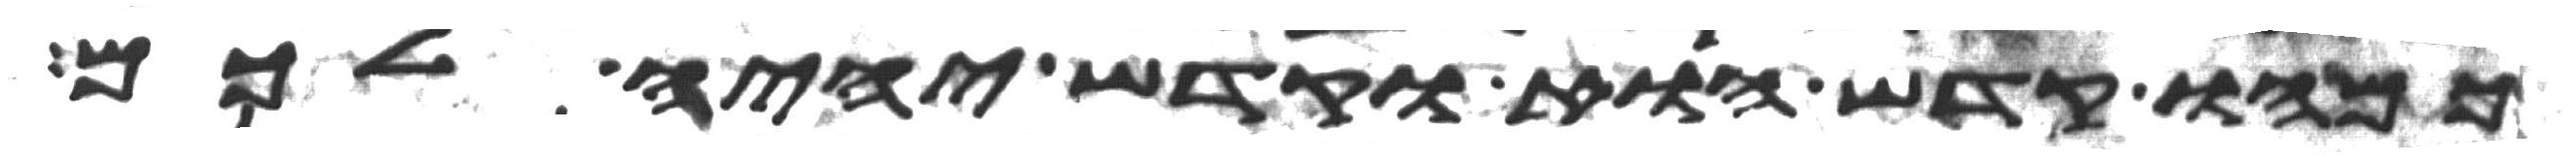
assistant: כמהו קדש הוא וקדש יהיה לכם